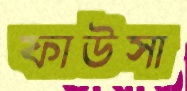
ফাউসা